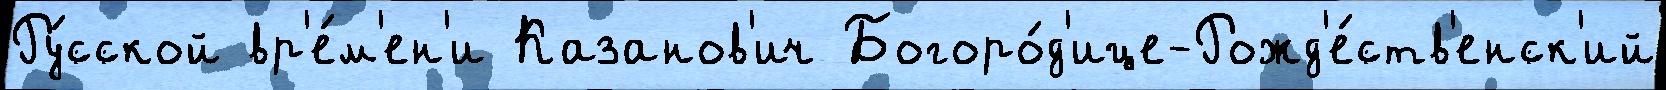
Ру́сской вр'е́м'ен'и Казанов'ич Богоро́д'ице-Рожд'е́ств'енск'ий